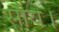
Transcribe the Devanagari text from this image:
सोये।